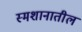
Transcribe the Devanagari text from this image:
स्मशानातील